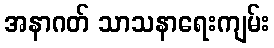
အနာဂတ် သာသနာရေးကျမ်း